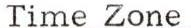
Time Zone